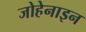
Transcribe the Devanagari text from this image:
जोहेनाइन